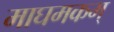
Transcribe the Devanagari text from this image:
माघमकम्